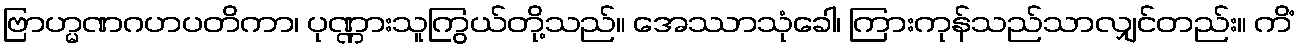
ဗြာဟ္မဏဂဟပတိကာ၊ ပုဏ္ဏားသူကြွယ်တို့သည်။ အေဿာသုံခေါ၊ ကြားကုန်သည်သာလျှင်တည်း။ ကိံ